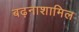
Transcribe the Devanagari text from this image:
बढ़नाशामिल